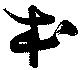
本